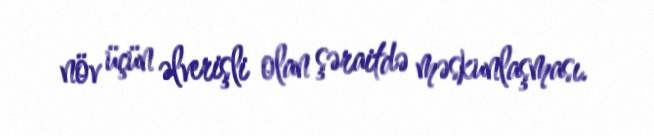
növ üçün əlverişli olan şəraitdə məskunlaşması.